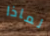
لماذا